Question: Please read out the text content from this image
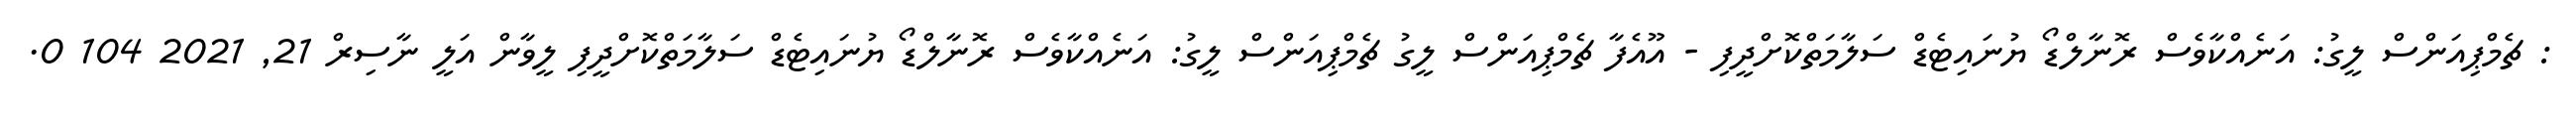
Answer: : ޗެމްޕިއަންސް ލީގު: އަނެއްކާވެސް ރޮނާލްޑޯ ޔުނައިޓެޑް ސަލާމަތްކޮށްދީފި - އޫއެފާ ޗެމްޕިއަންސް ލީގު ޗެމްޕިއަންސް ލީގު: އަނެއްކާވެސް ރޮނާލްޑޯ ޔުނައިޓެޑް ސަލާމަތްކޮށްދީފި ލީވާން އަލީ ނާސިރް 21, 2021 104 0.